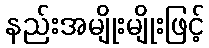
နည်းအမျိုးမျိုးဖြင့်